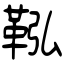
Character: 鞃